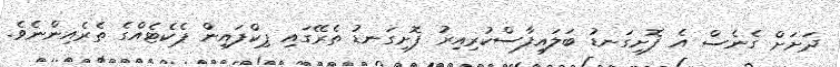
ދަށަށް ގެނެސް އެ ފޮށިގަނޑު ބަލައިފާސްކުރިއިރު ފޮށިގަނޑު ތެރޭގައި ޕިކްފައިން ޕެކެޓެއްގެ ތެރެއިންނެވެ.